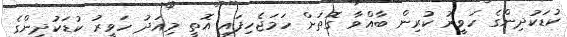
ކުޑަކުދިންގެ ހަވީރު ކުރިން ބާއްވާ ގޮތަށް ހަމަޖެހިފައި އޮތީ މިއަދު ހަވީރު ކުޑަކުދިންގެ